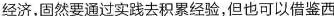
经济，固然要通过实践去积累经验，但也可以借鉴西